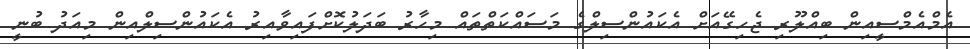
އެމްއެމްސީއިން ބިއްލޫރި ޖެހިގޭއަށް އެކައުންސިލްގެ މަސައްކަތްތައް މިހާރު ބަދަލުކޮށްފައިވާއިރު އެކައުންސިލްއިން މިއަދު ބުނީ